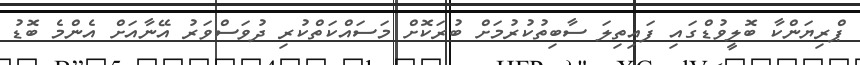
ޕްރިޔަންކާ ބޮލީވުޑްގައި ފައިތިލަ ސާބިތުކުރުމަށް ބުރަކޮށް މަސައްކަތްކުރި ދުވަސްވަރު އޭނާއަށް އެންމެ ބޮޑު